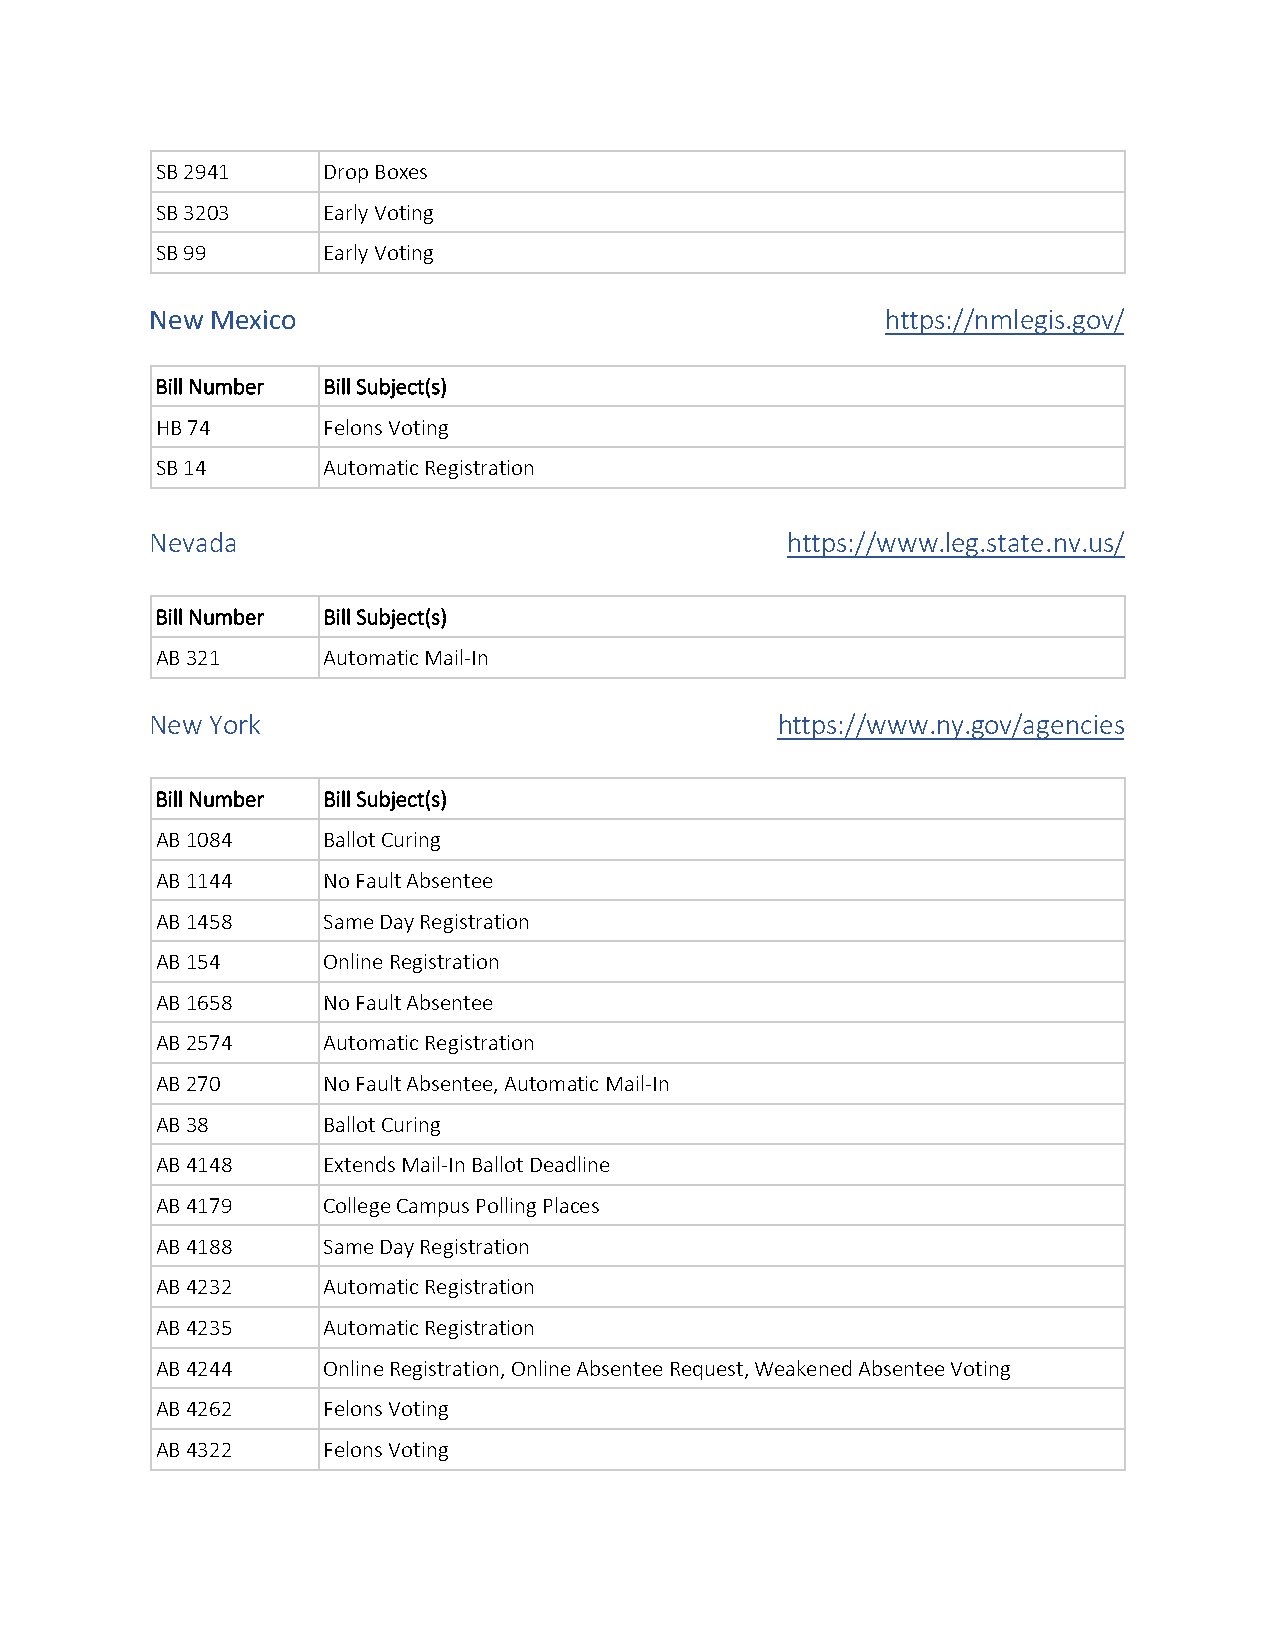
SB 2941    Drop Boxes
 SB 3203    Early Voting
 SB 99      Early Voting
 New Mexico                                       https://nmlegis.gov/
 Bill Number Bill Subject(s)
 HB 74      Felons Voting
 SB 14      Automatic Registration
 Nevada                                    https://www.leg.state.nv.us/
 Bill Number Bill Subject(s)
 AB 321     Automatic Mail-In
 New York                                 https://www.ny.gov/agencies
 Bill Number Bill Subject(s)
 AB 1084    Ballot Curing
 AB 1144    No Fault Absentee
 AB 1458    Same Day Registration
 AB 154     Online Registration
 AB 1658    No Fault Absentee
 AB 2574    Automatic Registration
 AB 270     No Fault Absentee, Automatic Mail-In
 AB 38      Ballot Curing
 AB 4148    Extends Mail-In Ballot Deadline
 AB 4179    College Campus Polling Places
 AB 4188    Same Day Registration
 AB 4232    Automatic Registration
 AB 4235    Automatic Registration
 AB 4244    Online Registration, Online Absentee Request, Weakened Absentee Voting
 AB 4262    Felons Voting
 AB 4322    Felons Voting